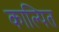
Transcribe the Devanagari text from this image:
काल्पित